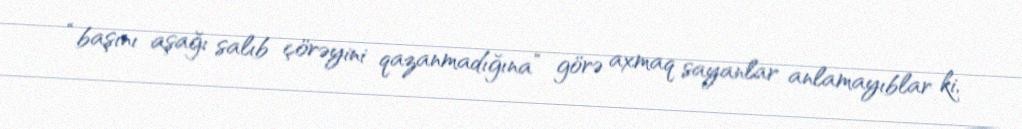
“başını aşağı salıb çörəyini qazanmadığına” görə axmaq sayanlar anlamayıblar ki,